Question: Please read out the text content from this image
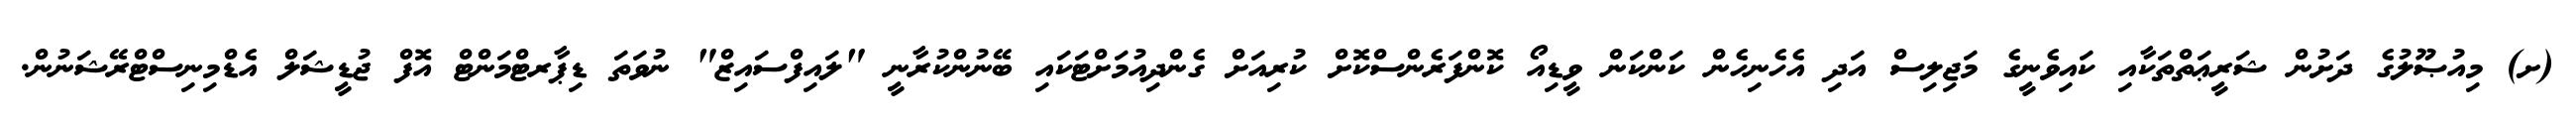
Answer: (ށ) މިއުޞޫލުގެ ދަށުން ޝަރީޢަތްތަކާއި ކައިވެނީގެ މަޖިލިސް އަދި އެހެނިހެން ކަންކަން ވީޑިއޯ ކޮންފަރެންސްކޮށް ކުރިއަށް ގެންދިއުމަށްޓަކައި ބޭނުންކުރާނީ "ލައިފްސައިޒް" ނުވަތަ ޑިޕާރޓްމަންޓް އޮފް ޖުޑީޝަލް އެޑްމިނިސްޓްރޭޝަނުން.